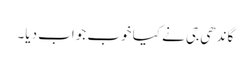
گاندھی جی نے کیا خوب جواب دیا۔